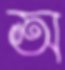
অ